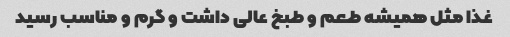
غذا مثل همیشه طعم و طبخ عالی داشت و گرم و مناسب رسید